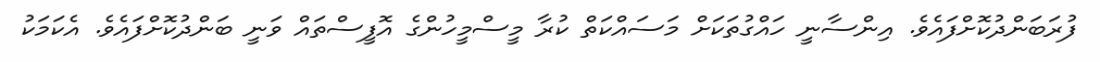
ފުރަބަންދުކޮށްފައެވެ. އިންސާނީ ހައްގުތަކަށް މަސައްކަތް ކުރާ މީސްމީހުންގެ އޮފީސްތައް ވަނީ ބަންދުކޮށްފައެވެ. އެކަމަކު